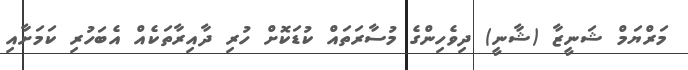
މަރްޔަމް ޝަނީޒާ (ޝާނީ) ދިވެހިންގެ މުސާރަތައް ކުޑަކޮށް ހުރި ދާއިރާތަކެއް އެބަހުރި ކަމަށާއި